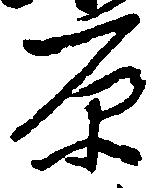
原